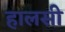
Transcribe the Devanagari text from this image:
हालसी